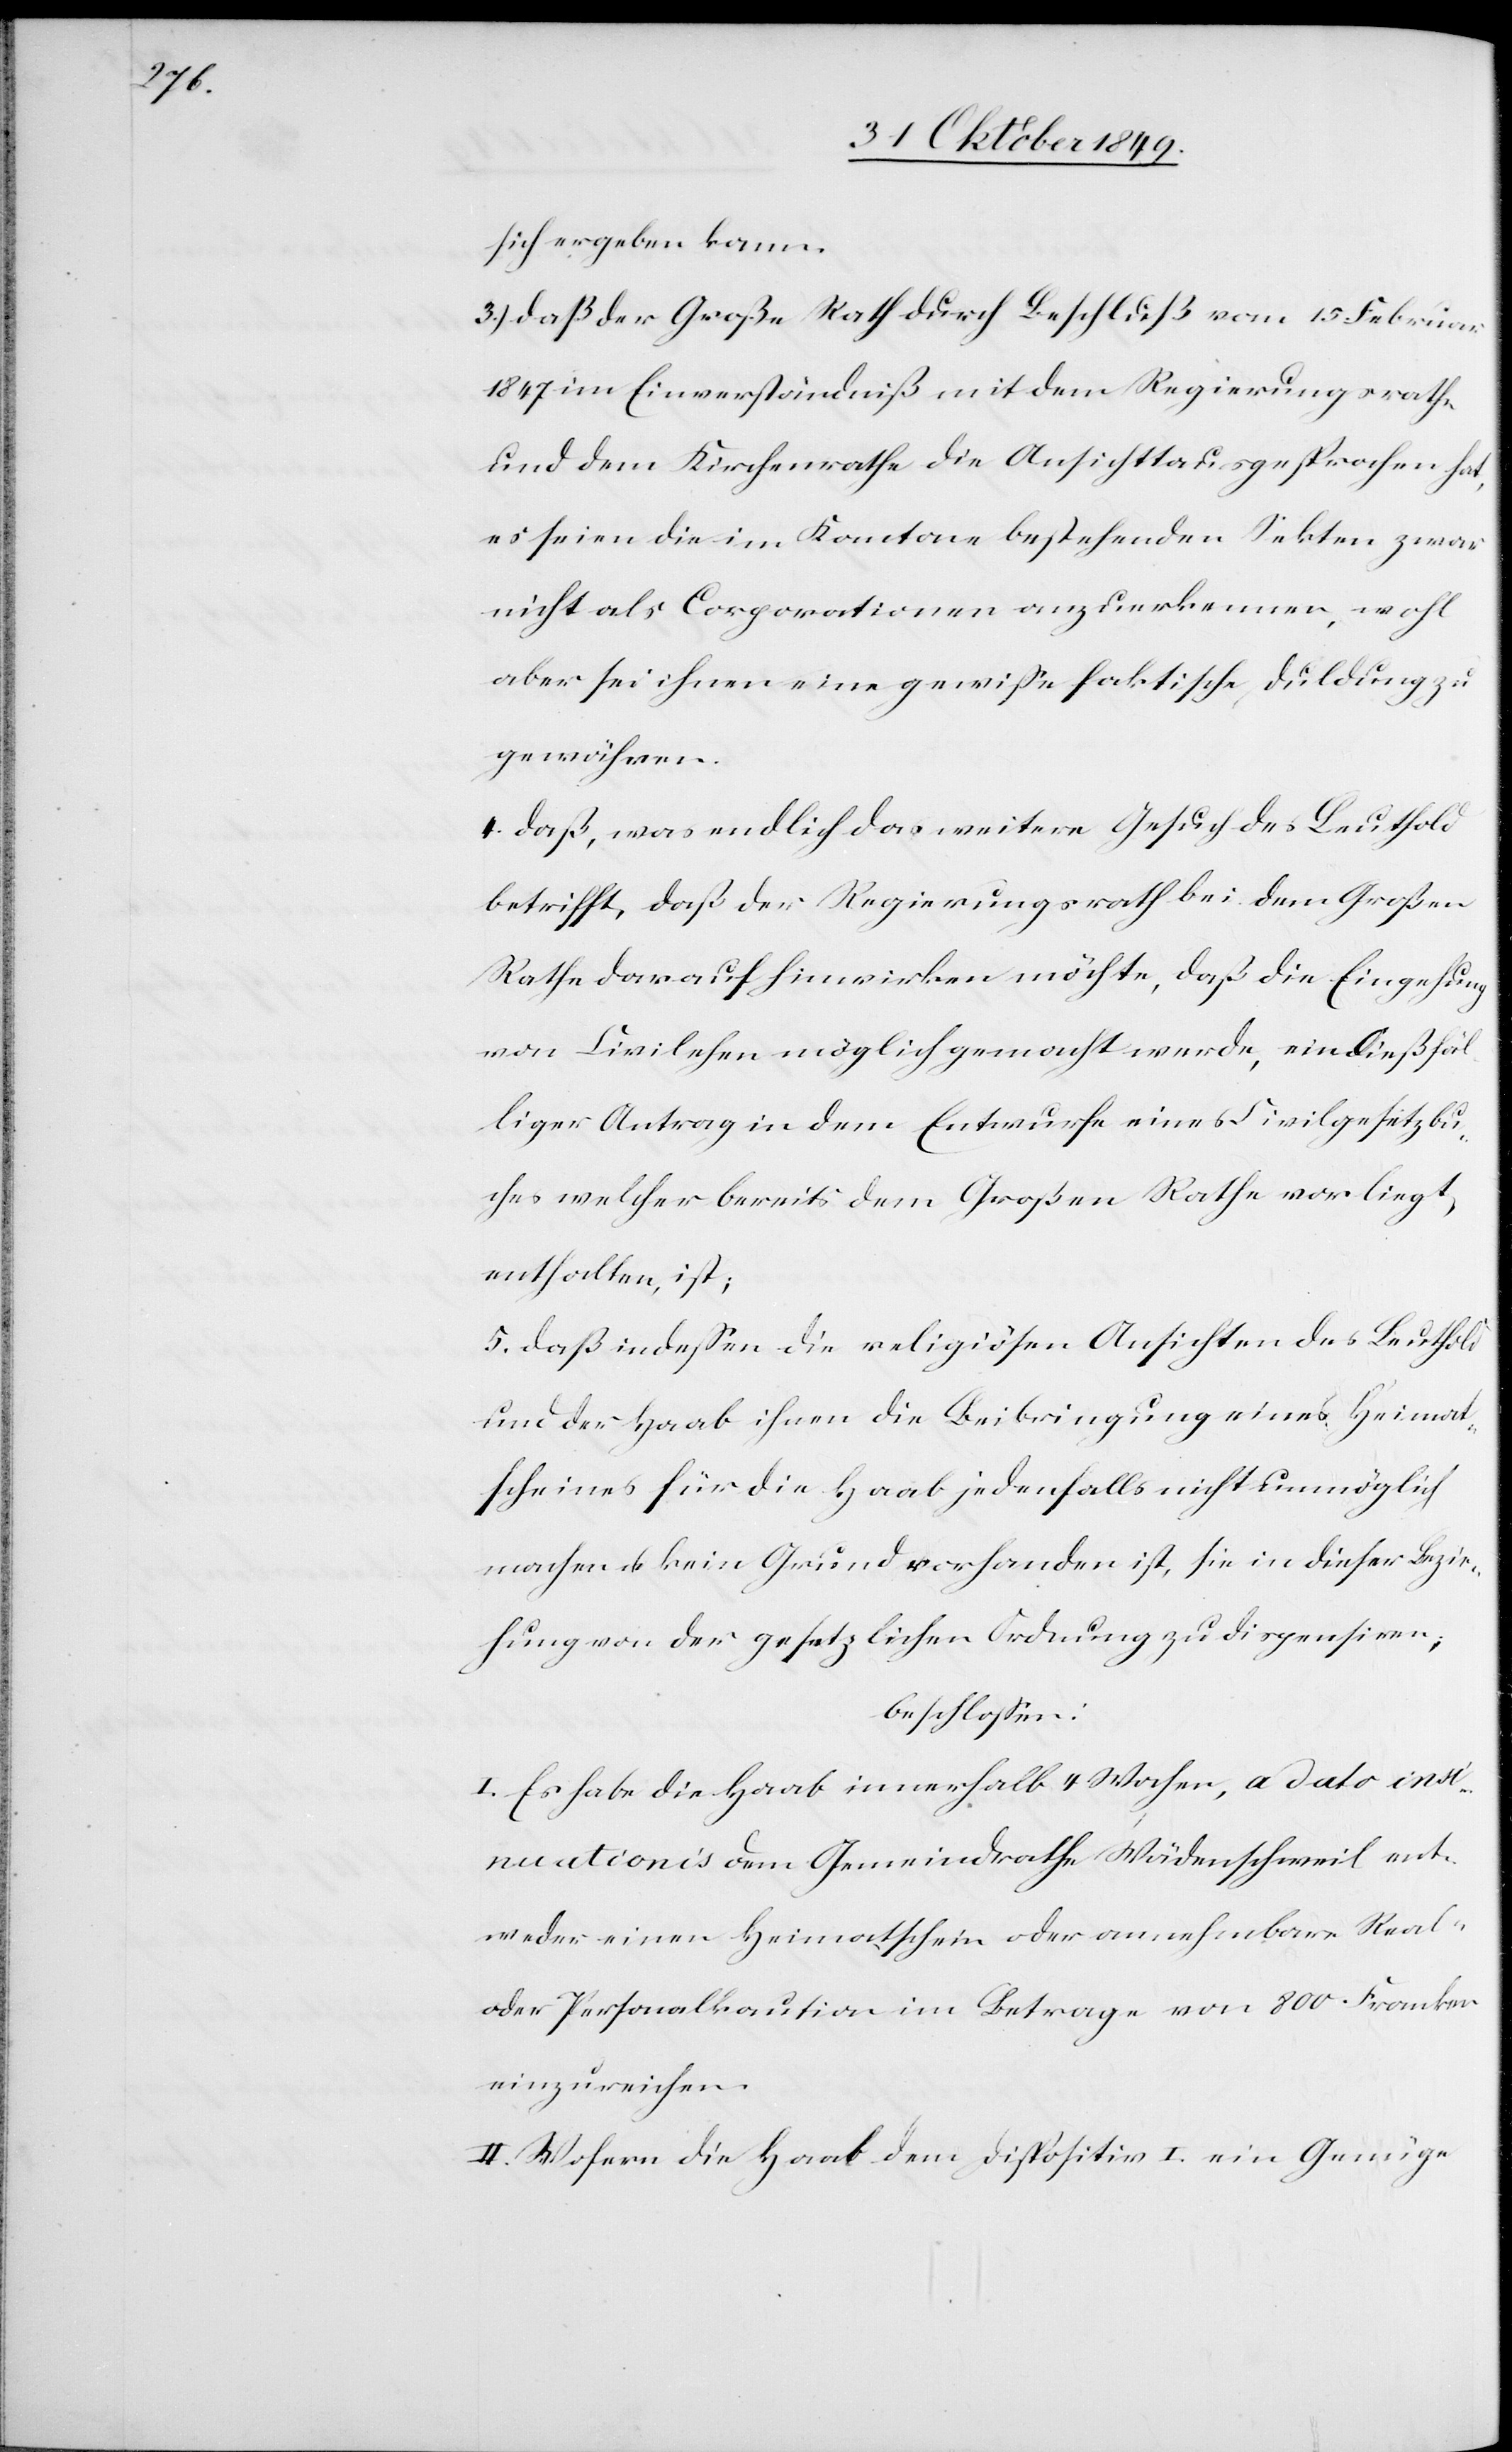
sich ergeben kann.
3.) daß der Große Rath durch Beschluß vom 15 Februar
1847 im Einverständniß mit dem Regierungsrathe
und dem Kirchenrathe die Ansichtt [sic!] ausgesprochen hat,
es seien die im Kanton bestehenden Sekten zwar
nicht als Corporationen anzuerkennen, wohl
aber sei ihnen eine gewiße faktische Duldung zu
gewähren.
4. daß, was endlich das weitere Gesuch des Leuthold
betrifft, daß der Regierungsrath bei dem Großen
Rathe darauf hinwirken möchte, daß die Eingehung
von Civilehen möglich gemacht werde, ein dießfäl¬
liger Antrag in dem Entwurfe eines Civilgesetzbu¬
ches welcher bereits dem Großen Rathe vorliegt,
enthalten, ist;
5. daß indeßen die religiösen Ansichten des Leuthold
und der Haab ihnen die Beibringung eines Heimat¬
scheines für die Haab jedenfalls nicht unmöglich
machen u. kein Grund vorhanden ist, sie in dieser Bezie¬
hung von der gesetzlichen Ordnung zu dispensiren;
beschloßen:
I. Es habe die Haab innerhalb 4 Wochen, a dato ins¬
inuationis dem Gemeindrathe Wädenschweil ent¬
weder einen Heimatschein oder annehmbare Real-
oder Personalkaution im Betrage von 800 Franken
einzureichen.
II. Wofern die Haab dem Dispositiv I. ein Genüge